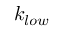
k _ { l o w }